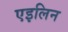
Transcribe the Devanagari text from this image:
एइलिन